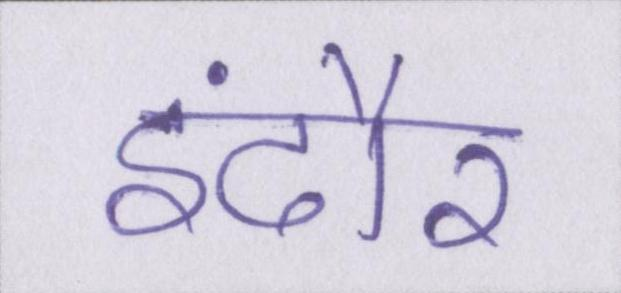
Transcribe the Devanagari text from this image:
इंदौर